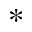
^ { * }